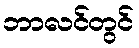
ဘာလင်တွင်